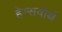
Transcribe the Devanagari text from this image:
हेम्सवोर्थ